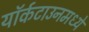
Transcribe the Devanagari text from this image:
यॉर्कटाउनमध्ये